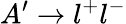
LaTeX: A^{\prime}\rightarrow l^{+}l^{-}